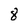
Character: 8